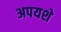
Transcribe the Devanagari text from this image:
अपयशे